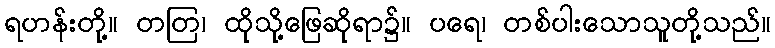
ရဟန်းတို့။ တတြ၊ ထိုသို့ဖြေဆိုရာ၌။ ပရေ၊ တစ်ပါးသောသူတို့သည်။